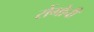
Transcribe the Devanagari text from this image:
रोंगोची